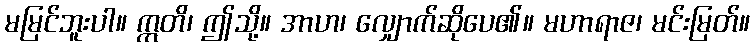
မမြင်ဘူးပါ။ ဣတိ၊ ဤသို့။ အာဟ၊ လျှောက်ဆိုပေ၏။ မဟာရာဇ၊ မင်းမြတ်။